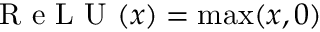
\textrm { R e L U } ( x ) = \operatorname* { m a x } ( x , 0 )